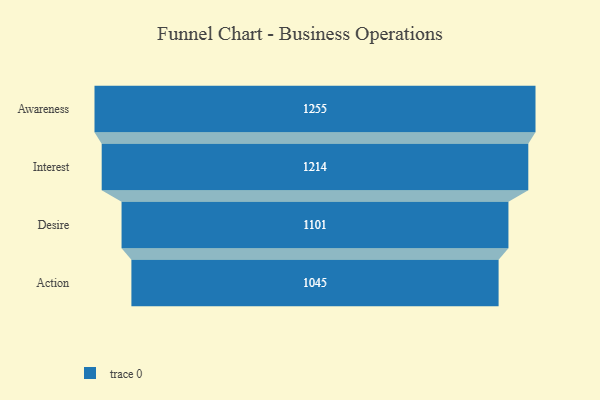
{"axis": {"x": "Stage", "y": "Value"}, "legend": [""], "data": [{"x": "Awareness", "y": 1255.0, "type": ""}, {"x": "Interest", "y": 1214.0, "type": ""}, {"x": "Desire", "y": 1101.0, "type": ""}, {"x": "Action", "y": 1045.0, "type": ""}]}